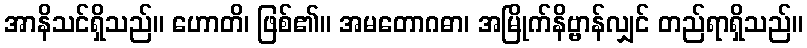
အာနိသင်ရှိသည်။ ဟောတိ၊ ဖြစ်၏။ အမတောဂဓာ၊ အမြိုက်နိဗ္ဗာန်လျှင် တည်ရာရှိသည်။